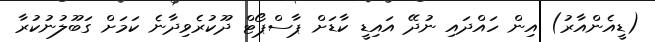
(ޑީއެންއާރު) އިން ހައްދައި ނުދޭ އައިޑީ ކާޑަށް ޕާސްޕޯޓް ދޫކުރެވިދާނެ ކަމަށް ގަބޫލުނުކުރާ